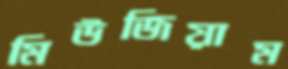
মিউজিয়াম